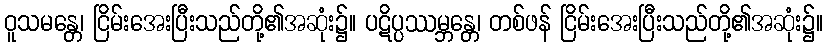
ဝူသမန္တေ၊ ငြိမ်းအေးပြီးသည်တို့၏အဆုံး၌။ ပဋိပ္ပဿမ္ဘန္တေ၊ တစ်ဖန် ငြိမ်းအေးပြီးသည်တို့၏အဆုံး၌။